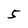
Character: 5